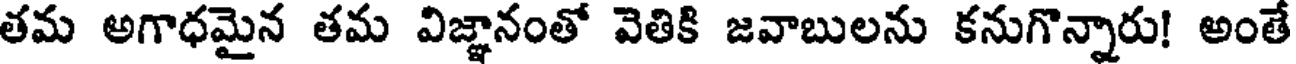
తమ అగాధమైన తమ విజ్ఞానంతో వెతికి జవాబులను కనుగొన్నారు! అంతే